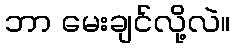
ဘာ မေးချင်လို့လဲ။